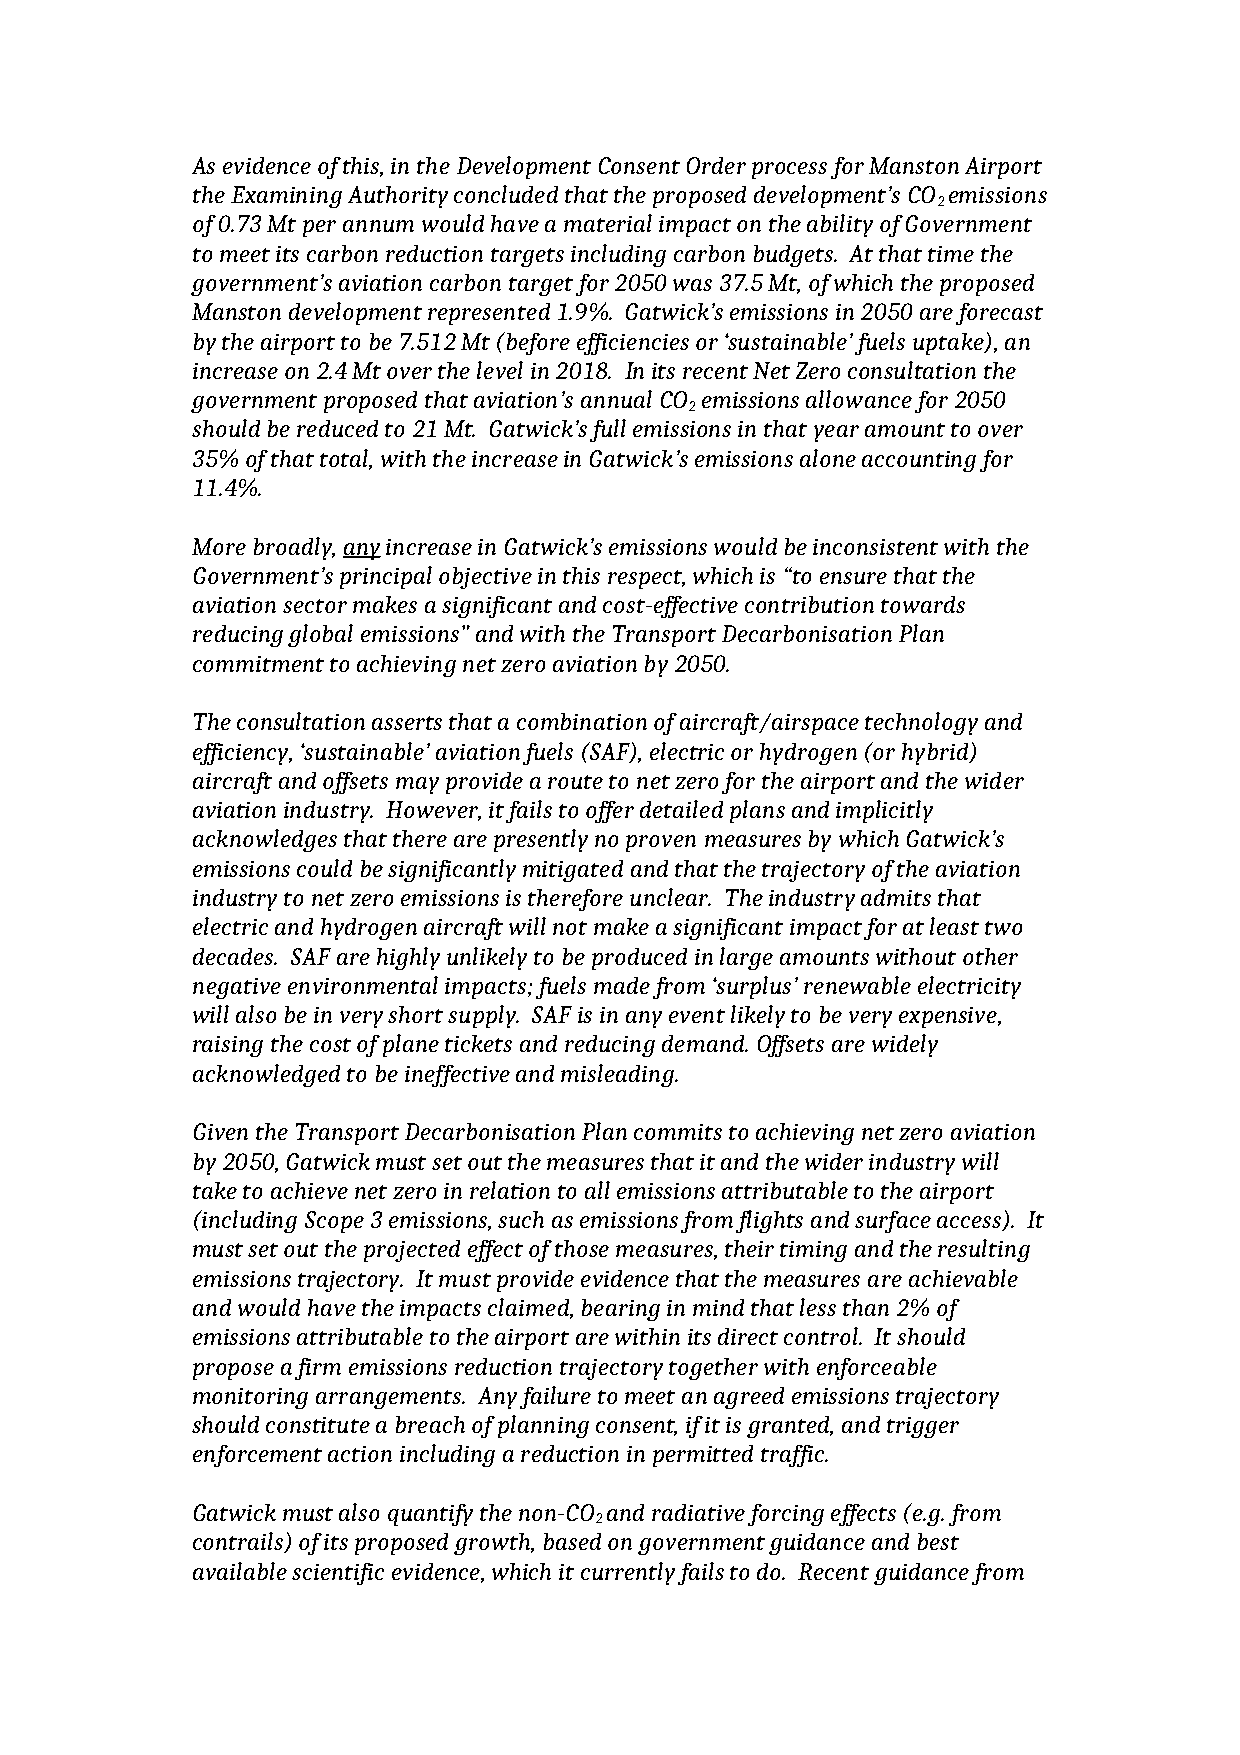
As evidence of this, in the Development Consent Order process for Manston Airport
 the Examining Authority concluded that the proposed development’s CO emissions
 2
 of 0.73 Mt per annum would have a material impact on the ability of Government
 to meet its carbon reduction targets including carbon budgets. At that time the
 government’s aviation carbon target for 2050 was 37.5 Mt, of which the proposed
 Manston development represented 1.9%. Gatwick’s emissions in 2050 are forecast
 by the airport to be 7.512 Mt (before efficiencies or ‘sustainable’ fuels uptake), an
 increase on 2.4 Mt over the level in 2018. In its recent Net Zero consultation the
 government proposed that aviation’s annual CO emissions allowance for 2050
 2
 should be reduced to 21 Mt. Gatwick’s full emissions in that year amount to over
 35% of that total, with the increase in Gatwick’s emissions alone accounting for
 11.4%.
 More broadly, any increase in Gatwick’s emissions would be inconsistent with the
 Government’s principal objective in this respect, which is “to ensure that the
 aviation sector makes a significant and cost-effective contribution towards
 reducing global emissions” and with the Transport Decarbonisation Plan
 commitment to achieving net zero aviation by 2050.
 The consultation asserts that a combination of aircraft/airspace technology and
 efficiency, ‘sustainable’ aviation fuels (SAF), electric or hydrogen (or hybrid)
 aircraft and offsets may provide a route to net zero for the airport and the wider
 aviation industry. However, it fails to offer detailed plans and implicitly
 acknowledges that there are presently no proven measures by which Gatwick’s
 emissions could be significantly mitigated and that the trajectory of the aviation
 industry to net zero emissions is therefore unclear. The industry admits that
 electric and hydrogen aircraft will not make a significant impact for at least two
 decades. SAF are highly unlikely to be produced in large amounts without other
 negative environmental impacts; fuels made from ‘surplus’ renewable electricity
 will also be in very short supply. SAF is in any event likely to be very expensive,
 raising the cost of plane tickets and reducing demand. Offsets are widely
 acknowledged to be ineffective and misleading.
 Given the Transport Decarbonisation Plan commits to achieving net zero aviation
 by 2050, Gatwick must set out the measures that it and the wider industry will
 take to achieve net zero in relation to all emissions attributable to the airport
 (including Scope 3 emissions, such as emissions from flights and surface access). It
 must set out the projected effect of those measures, their timing and the resulting
 emissions trajectory. It must provide evidence that the measures are achievable
 and would have the impacts claimed, bearing in mind that less than 2% of
 emissions attributable to the airport are within its direct control. It should
 propose a firm emissions reduction trajectory together with enforceable
 monitoring arrangements. Any failure to meet an agreed emissions trajectory
 should constitute a breach of planning consent, if it is granted, and trigger
 enforcement action including a reduction in permitted traffic.
 Gatwick must also quantify the non-CO and radiative forcing effects (e.g. from
 2
 contrails) of its proposed growth, based on government guidance and best
 available scientific evidence, which it currently fails to do. Recent guidance from